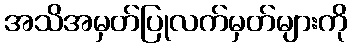
အသိအမှတ်ပြုလက်မှတ်များကို